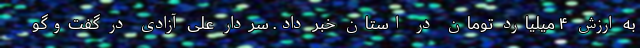
به ارزش ۴ میلیارد تومان در استان خبر داد. سردار علی آزادی در گفت‌وگو